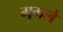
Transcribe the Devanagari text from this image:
मु्गले